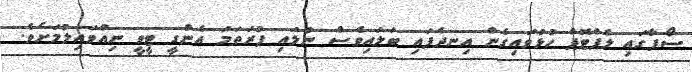
ސޯފާގައި ލެޕްޓޮޕް ހުޅުވައިގެން އިނދެފައި ބަލައިވެސް ނުލައި ފުރަތަމަ އެންގީ ޓީވީ ނިއްވައިލުމަށެވެ.